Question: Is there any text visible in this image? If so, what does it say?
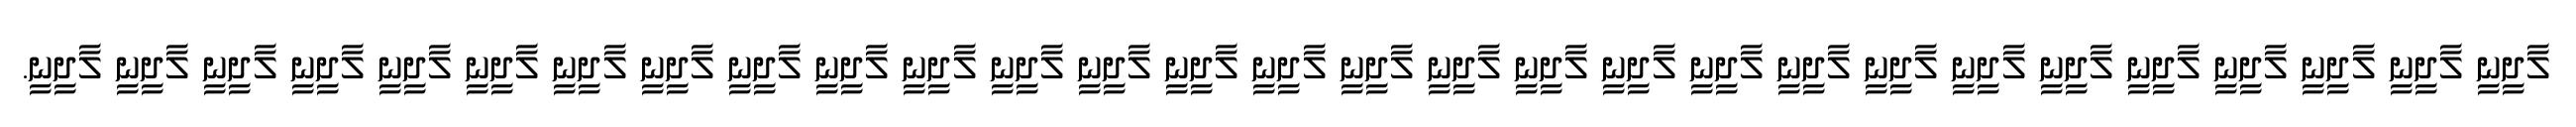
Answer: ލާދީނީ ލާދީނީ ލާދީނީ ލާދީނީ ލާދީނީ ލާދީނީ ލާދީނީ ލާދީނީ ލާދީނީ ލާދީނީ ލާދީނީ ލާދީނީ ލާދީނީ ލާދީނީ ލާދީނީ ލާދީނީ ލާދީނީ ލާދީނީ ލާދީނީ ލާދީނީ ލާދީނީ ލާދީނީ ލާދީނީ ލާދީނީ ލާދީނީ ލާދީނީ ލާދީނީ ލާދީނީ ލާދީނީ.